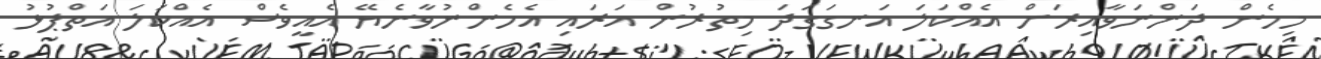
މިހެން ދަންނަވާއިރަށް އެއްކަލަ އަނގަގަދަ މިތުރުން އަރައި އެހެންނުވާނެޔޭ އެއީވެސް އެއްކަލަ އަތްޕުޅު